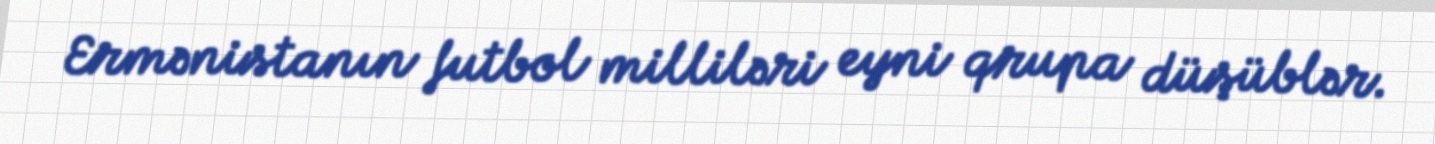
Ermənistanın futbol milliləri eyni qrupa düşüblər.